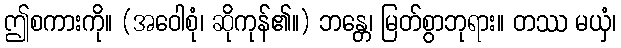
ဤစကားကို။ (အဝေါစုံ၊ ဆိုကုန်၏။) ဘန္တေ၊ မြတ်စွာဘုရား။ တဿ မယှံ၊